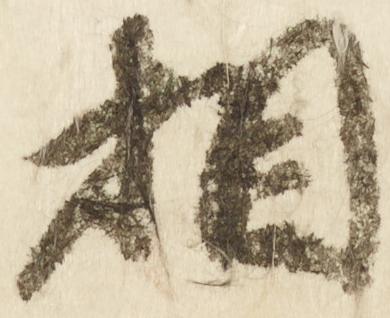
相